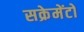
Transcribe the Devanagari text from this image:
सक्रेमेंटो